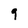
Character: 9